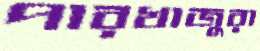
পারখাজুরা